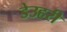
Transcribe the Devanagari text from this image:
डेउहरी